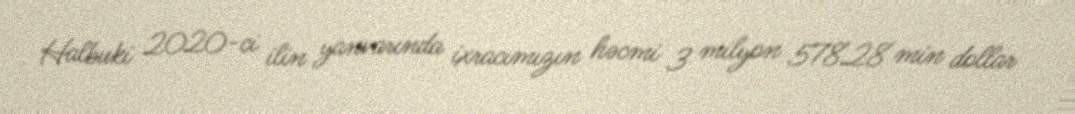
Halbuki 2020-ci ilin yanvarında ixracımızın həcmi 3 milyon 578.28 min dollar